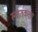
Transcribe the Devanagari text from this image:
स्नातकत्तर